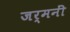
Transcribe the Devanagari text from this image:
जर्मनीं